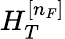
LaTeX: H_{T}^{[n_{F}]}